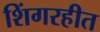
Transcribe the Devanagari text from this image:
शिंगरहीत